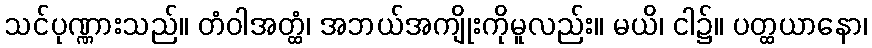
သင်ပုဏ္ဏားသည်။ တံဝါအတ္ထံ၊ အဘယ်အကျိုးကိုမူလည်း။ မယိ၊ ငါ၌။ ပတ္ထယာနော၊